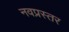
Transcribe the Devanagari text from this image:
नवप्रस्तर